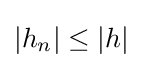
{\textstyle \left\vert h_{n}\right\vert \leq \left\vert h\right\vert }